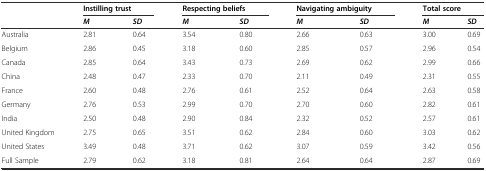
<table><thead><tr><td></td><td colspan="2"><b>Instilling trust</b></td><td colspan="2"><b>Respecting beliefs</b></td><td colspan="2"><b>Navigating ambiguity</b></td><td colspan="2"><b>Total score</b></td></tr><tr><td></td><td><b><i>M</i></b></td><td><b><i>SD</i></b></td><td><b><i>M</i></b></td><td><b><i>SD</i></b></td><td><b><i>M</i></b></td><td><b><i>SD</i></b></td><td><b><i>M</i></b></td><td><b><i>SD</i></b></td></tr></thead><tbody><tr><td>Australia</td><td>2.81</td><td>0.64</td><td>3.54</td><td>0.80</td><td>2.66</td><td>0.63</td><td>3.00</td><td>0.69</td></tr><tr><td>Belgium</td><td>2.86</td><td>0.45</td><td>3.18</td><td>0.60</td><td>2.85</td><td>0.57</td><td>2.96</td><td>0.54</td></tr><tr><td>Canada</td><td>2.85</td><td>0.64</td><td>3.43</td><td>0.73</td><td>2.69</td><td>0.62</td><td>2.99</td><td>0.66</td></tr><tr><td>China</td><td>2.48</td><td>0.47</td><td>2.33</td><td>0.70</td><td>2.11</td><td>0.49</td><td>2.31</td><td>0.55</td></tr><tr><td>France</td><td>2.60</td><td>0.48</td><td>2.76</td><td>0.61</td><td>2.52</td><td>0.64</td><td>2.63</td><td>0.58</td></tr><tr><td>Germany</td><td>2.76</td><td>0.53</td><td>2.99</td><td>0.70</td><td>2.70</td><td>0.60</td><td>2.82</td><td>0.61</td></tr><tr><td>India</td><td>2.50</td><td>0.48</td><td>2.90</td><td>0.84</td><td>2.32</td><td>0.52</td><td>2.57</td><td>0.61</td></tr><tr><td>United Kingdom</td><td>2.75</td><td>0.65</td><td>3.51</td><td>0.62</td><td>2.84</td><td>0.60</td><td>3.03</td><td>0.62</td></tr><tr><td>United States</td><td>3.49</td><td>0.48</td><td>3.71</td><td>0.62</td><td>3.07</td><td>0.59</td><td>3.42</td><td>0.56</td></tr><tr><td>Full Sample</td><td>2.79</td><td>0.62</td><td>3.18</td><td>0.81</td><td>2.64</td><td>0.64</td><td>2.87</td><td>0.69</td></tr></tbody></table>